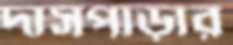
দাসপাড়ার